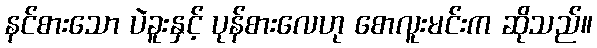
နင်စားသော ပဲခူးနှင့် ပုန်စားလေဟု စောလူးမင်းက ဆိုသည်။